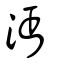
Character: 汅